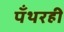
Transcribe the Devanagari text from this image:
पँथरही